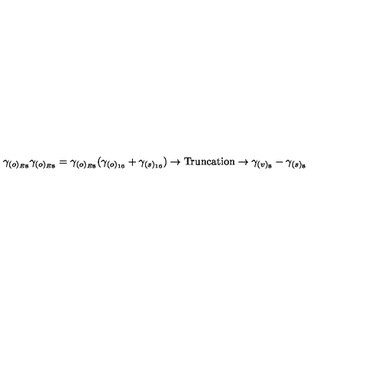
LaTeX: \gamma _ { ( o ) _ { E 8 } } \gamma _ { ( o ) _ { E 8 } } = \gamma _ { ( o ) _ { E 8 } } ( \gamma _ { ( o ) _ { 1 6 } } + \gamma _ { ( s ) _ { 1 6 } } ) \rightarrow \mathrm { T r u n c a t i o n } \rightarrow \gamma _ { ( v ) _ { 8 } } - \gamma _ { ( s ) _ { 8 } } \,